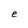
Character: e